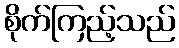
စိုက်ကြည့်သည်